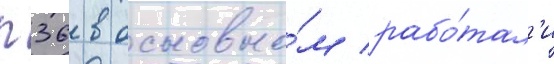
п36 в основно́м рабо́тал'и